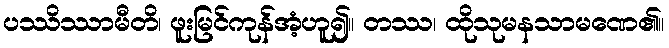
ပဿိဿာမီတိ၊ ဖူးမြင်ကုန်အံ့ဟူ၍။ တဿ၊ ထိုသုမနသာမဏေ၏။